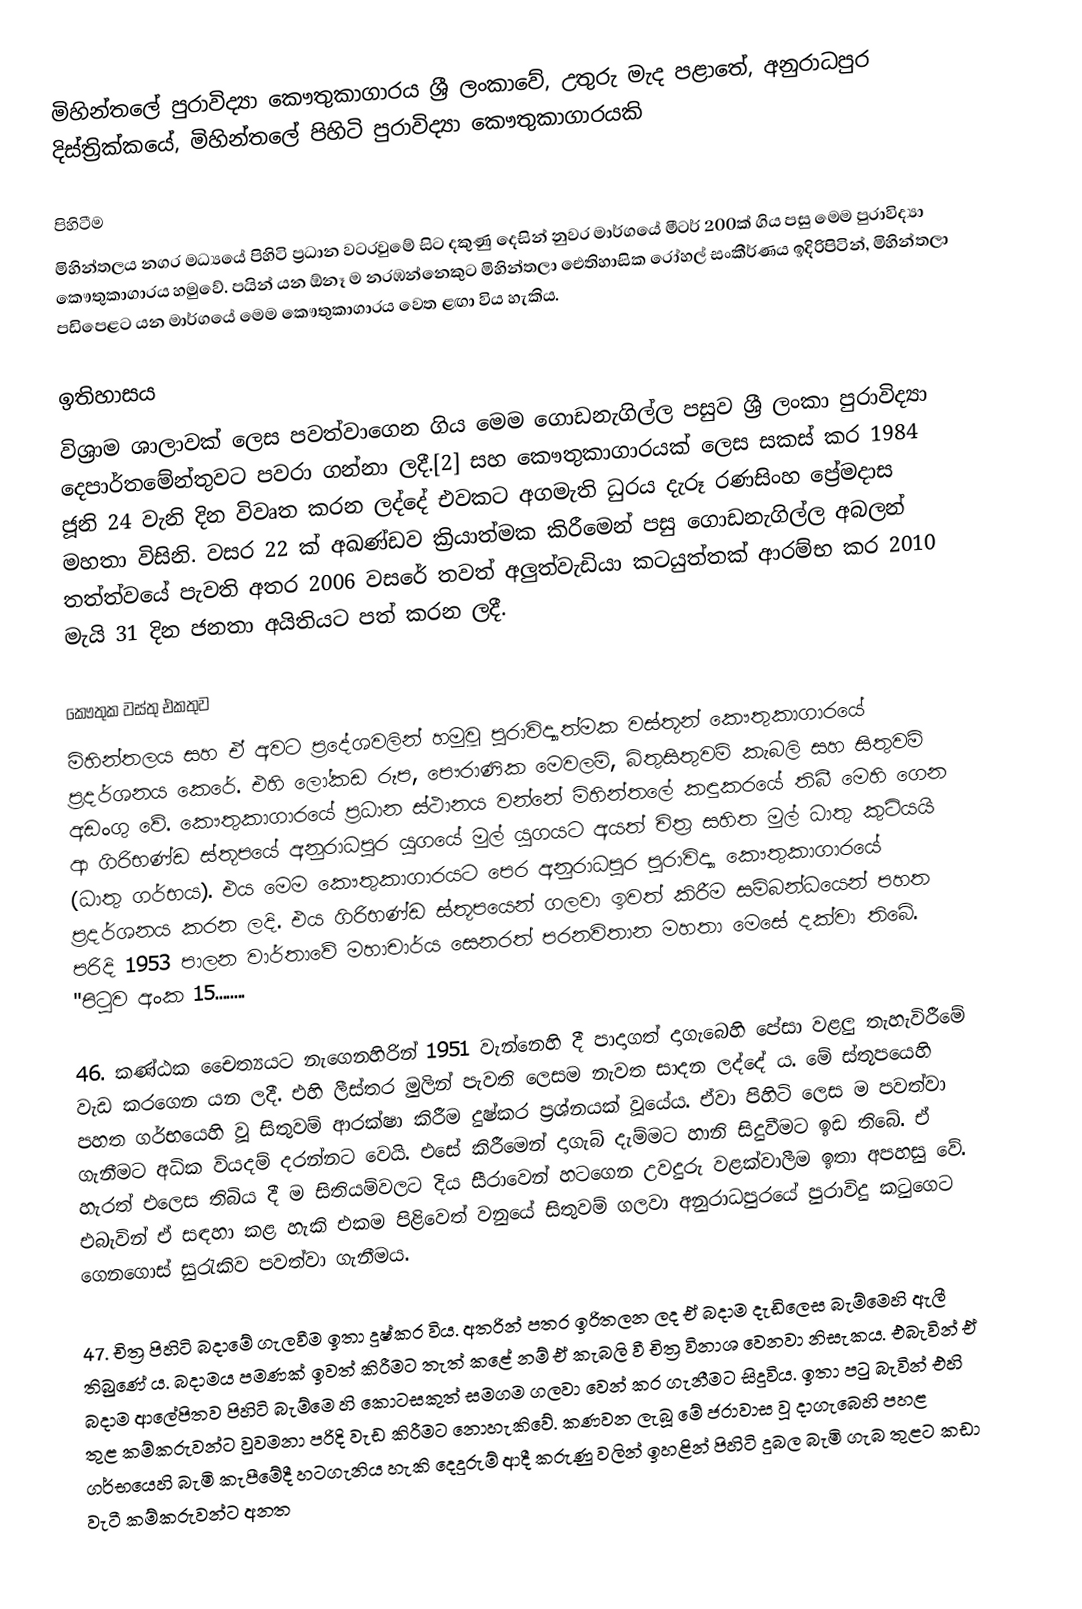
මිහින්තලේ පුරාවිද්‍යා කෞතුකාගාරය ශ්‍රී ලංකාවේ, උතුරු මැද පළාතේ, අනුරාධපුර දිස්ත්‍රික්කයේ, මිහින්තලේ පිහිටි පුරාවිද්‍යා කෞතුකාගාරයකි

පිහිටීම
මිහින්තලය නගර මධ්‍යයේ පිහිටි ප්‍රධාන වටරවුමේ සිට දකුණු දෙසින් නුවර මාර්ගයේ මීටර් 200ක් ගිය පසු මෙම පුරාවිද්‍යා කෞතුකාගාරය හමුවේ. පයින් යන ඕනෑ ම නරඹන්නෙකුට මිහින්තලා ඓතිහාසික රෝහල් සංකීර්ණය ඉදිරිපිටින්, මිහින්තලා පඩිපෙළට යන මාර්ගයේ මෙම කෞතුකාගාරය වෙත ළඟා විය හැකිය.

ඉතිහාසය
විශ්‍රාම ශාලාවක් ලෙස පවත්වාගෙන ගිය මෙම ගොඩනැගිල්ල පසුව ශ්‍රී ලංකා පුරාවිද්‍යා දෙපාර්තමේන්තුවට පවරා ගන්නා ලදී.[2] සහ කෞතුකාගාරයක් ලෙස සකස් කර 1984 ජූනි 24 වැනි දින විවෘත කරන ලද්දේ එවකට අගමැති ධුරය දැරූ රණසිංහ ප්‍රේමදාස මහතා විසිනි. වසර 22 ක් අඛණ්ඩව ක්‍රියාත්මක කිරීමෙන් පසු ගොඩනැගිල්ල අබලන් තත්ත්වයේ පැවති අතර 2006 වසරේ තවත් අලුත්වැඩියා කටයුත්තක් ආරම්භ කර 2010 මැයි 31 දින ජනතා අයිතියට පත් කරන ලදී.

කෞතුක වස්තු එකතුව
මිහින්තලය සහ ඒ අවට ප්‍රදේශවලින් හමුවූ පුරාවිද්‍යාත්මක වස්තූන් කෞතුකාගාරයේ ප්‍රදර්ශනය කෙරේ. එහි ලෝකඩ රූප, පෞරාණික මෙවලම්, බිතුසිතුවම් කැබලි සහ සිතුවම් අඩංගු වේ. කෞතුකාගාරයේ ප්‍රධාන ස්ථානය වන්නේ මිහින්තලේ කඳුකරයේ තිබී මෙහි ගෙන ආ ගිරිභණ්ඩ ස්තූපයේ අනුරාධපුර යුගයේ මුල් යුගයට අයත් චිත්‍ර සහිත මුල් ධාතු කුටියයි (ධාතු ගර්භය). එය මෙම කෞතුකාගාරයට පෙර අනුරාධපුර පුරාවිද්‍යා කෞතුකාගාරයේ ප්‍රදර්ශනය කරන ලදි. එය ගිරිභණ්ඩ ස්තූපයෙන් ගලවා ඉවත් කිරීම සම්බන්ධයෙන් පහත පරිදි 1953 පාලන වාර්තාවේ මහාචාර්ය සෙනරත් පරනවිතාන මහතා මෙසේ දක්වා තිබේ. "පිටුව අංක 15........

46. කණ්ඨක චෛත්‍යයට නැගෙනහිරින් 1951 වැන්නෙහි දී පාදාගත් දාගැබෙහි පේසා වළලු තැහැවිරීමේ වැඩ කරගෙන යන ලදී. එහි ලීස්තර මුලින් පැවති ලෙසම නැවත සාදන ලද්දේ ය. මේ ස්තූපයෙහි පහත ගර්භයෙහි වූ සිතුවම් ආරක්ෂා කිරීම දුෂ්කර ප්‍රශ්නයක් වූයේය. ඒවා පිහිටි ලෙස ම පවත්වා ගැනීමට අධික වියදම් දරන්නට වෙයි. එසේ කිරීමෙන් දාගැබ් දැම්මට හානි සිදුවීමට ඉඩ තිබේ. ඒ හැරත් එලෙස තිබිය දී ම සිතියම්වලට දිය සීරාවෙන් හටගෙන උවදුරු වළක්වාලීම ඉතා අපහසු වේ. එබැවින් ඒ සඳහා කළ හැකි එකම පිළිවෙත් වනුයේ සිතුවම් ගලවා අනුරාධපුරයේ පුරාවිදු කටුගෙට ගෙනගොස් සුරැකිව පවත්වා ගැනීමය.

47. චිත්‍ර පිහිටි බදාමේ ගැලවීම ඉතා දුෂ්කර විය. අතරින් පතර ඉරිතලන ලද ඒ බදාම දැඩිලෙස බැම්මෙහි ඇලී තිබුණේ ය. බදාමය පමණක් ඉවත් කිරීමට තැත් කළේ නම් ඒ කැබලි වී චිත්‍ර විනාශ වෙනවා නිසැකය. එබැවින් ඒ බදාම ආලේපිතව පිහිටි බැම්මෙ හි කොටසකුත් සමගම ගලවා වෙන් කර ගැනීමට සිදුවිය. ඉතා පටු බැවින් එහි තුළ කම්කරුවන්ට වුවමනා පරිදි වැඩ කිරීමට නොහැකිවේ. කණවන ලැබූ මේ ජරාවාස වූ දාගැබෙහි පහළ ගර්භයෙහි බැමි කැපීමේදී හටගැනිය හැකි දෙදුරුම් ආදී කරුණු වලින් ඉහළින් පිහිටි දුබල බැමි ගැබ තුළට කඩා වැටී කම්කරුවන්ට අනත